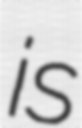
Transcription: is